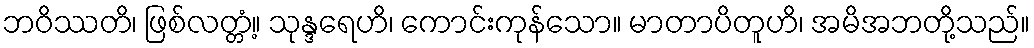
ဘဝိဿတိ၊ ဖြစ်လတ္တံ့။ သုန္ဒရေဟိ၊ ကောင်းကုန်သော။ မာတာပိတူဟိ၊ အမိအဘတို့သည်။